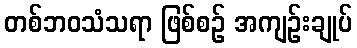
တစ်ဘဝသံသရာ ဖြစ်စဉ် အကျဉ်းချုပ်